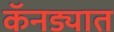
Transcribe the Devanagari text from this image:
कॅनड्यात